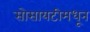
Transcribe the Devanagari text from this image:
सोसायटीमधून